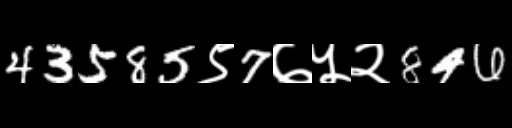
Text: 43585९7७५२846